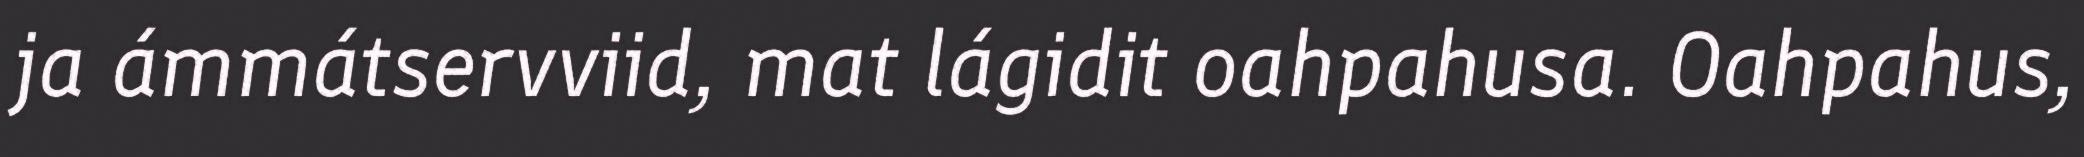
ja ámmátservviid, mat lágidit oahpahusa. Oahpahus,